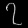
Digit: ၇